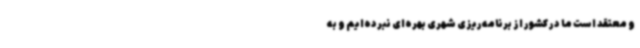
و معتقد است ما در کشور از برنامه‌ریزی شهری بهره‌ای نبرده‌ایم و به